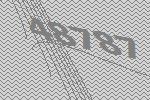
48787